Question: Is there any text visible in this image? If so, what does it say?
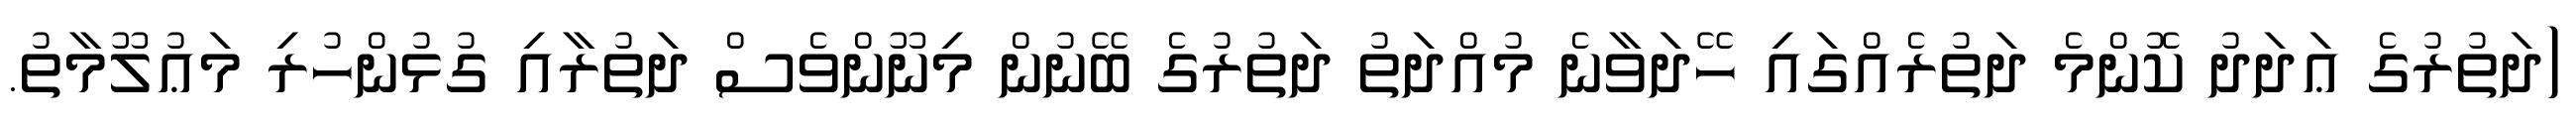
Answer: (ދަތުރުގެ ޢަދަދު ކޮންމެ ދަތުރެއްގައި ހޭދަވާނެ މުއްދަތު ދަތުރުގެ ބޭނުން މިނޫންވެސް ދަތުރާއި ގުޅުންހުރި މަޢުލޫމާތު.